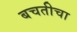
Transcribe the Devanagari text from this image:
बचतीचा